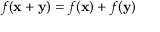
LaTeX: f ( \mathbf { x } + \mathbf { y } ) = f ( \mathbf { x } ) + f ( \mathbf { y } )